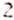
2